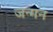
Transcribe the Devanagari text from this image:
जन्मन